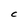
Character: C